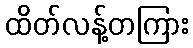
ထိတ်လန့်တကြား